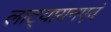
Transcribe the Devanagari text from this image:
लाट्यायनएवं